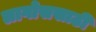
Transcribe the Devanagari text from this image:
लागोससाठी